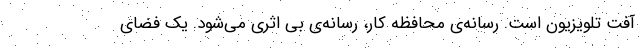
آفت تلویزیون است. رسانه‌ی محافظه کار، رسانه‌ی بی اثری می‌شود. یک فضای